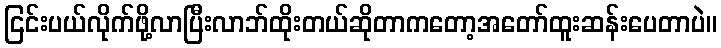
ငြင်းပယ်လိုက်ဖို့လာပြီးလာဘ်ထိုးတယ်ဆိုတာကတော့အတော်ထူးဆန်းပေတာပဲ။